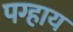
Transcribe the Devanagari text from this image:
पग्हाय